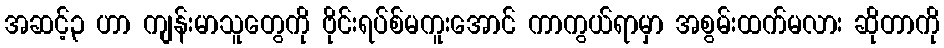
အဆင့်၃ ဟာ ကျန်းမာသူတွေကို ဗိုင်းရပ်စ်မကူးအောင် ကာကွယ်ရာမှာ အစွမ်းထက်မလား ဆိုတာကို